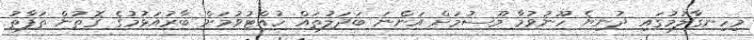
މިހިނގާލުމުގައި ދުނިޔެ ހޫނުވުމާ މޫސުމަށް އަންނަ ބަދަލުތައް ހުއްޓުވުމަށް ބާރުއަޅުމުގެ ގޮތުން ތަފާތު